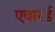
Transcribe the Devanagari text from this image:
एवारर्ड